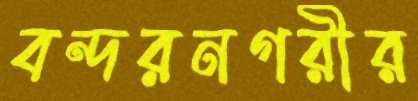
বন্দরনগরীর